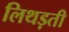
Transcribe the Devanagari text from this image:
लिथड़ती